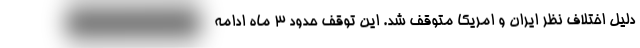
دلیل اختلاف نظر ایران و امریکا متوقف شد. این توقف حدود 3 ماه ادامه